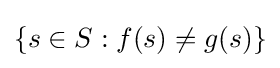
\{s\in S:f(s)\neq g(s)\}